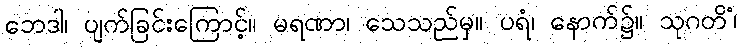
ဘေဒါ၊ ပျက်ခြင်းကြောင့်။ မရဏာ၊ သေသည်မှ။ ပရံ၊ နောက်၌။ သုဂတိံ၊